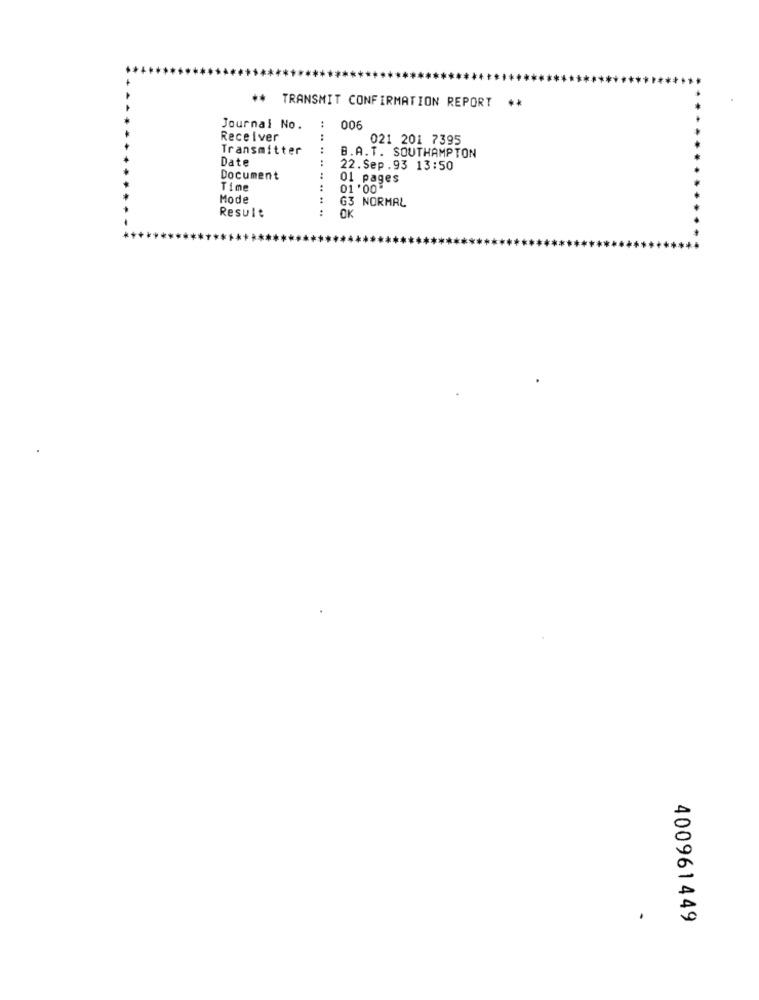
TRANSMIT CONFIRMATION REPORT
Journal No.
006
Receiver
021 201 7395
Transmitter
B.A.T. SOUTHAMPTON
Date
22.Sep.93 13:50
Document
01 pages
Time
01 '00
Mode
G3 NORMAL
Result
OK
400961449